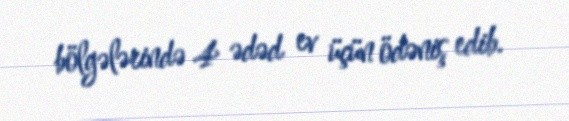
bölgələrində 4 ədəd ev üçün ödəniş edib.